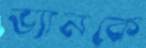
ভ্যানকে